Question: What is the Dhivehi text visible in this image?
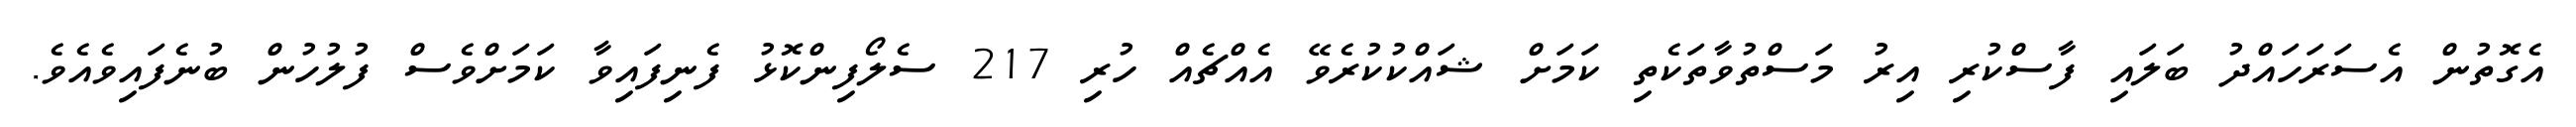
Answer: އެގޮތުން އެސަރަހައްދު ބަލައި ފާސްކުރި އިރު މަސްތުވާތަކެތި ކަމަށް ޝައްކުކުރެވޭ އެއްޗެއް ހުރި 217 ސެލޯފިންކޮޅު ފެނިފައިވާ ކަމަށްވެސް ފުލުހުން ބުނެފައިވެއެވެ.